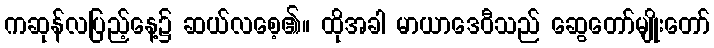
ကဆုန်လပြည့်နေ့၌ ဆယ်လစေ့၏။ ထိုအခါ မာယာဒေဝီသည် ဆွေတော်မျိုးတော်